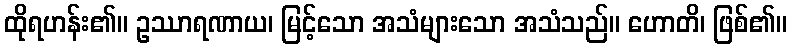
ထိုရဟန်း၏။ ဥဿာရဏာယ၊ မြင့်သော အသံများသော အသံသည်။ ဟောတိ၊ ဖြစ်၏။